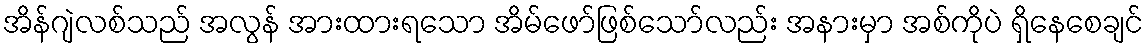
အိန်ဂျဲလစ်သည် အလွန် အားထားရသော အိမ်ဖော်ဖြစ်သော်လည်း အနားမှာ အစ်ကိုပဲ ရှိနေစေချင်